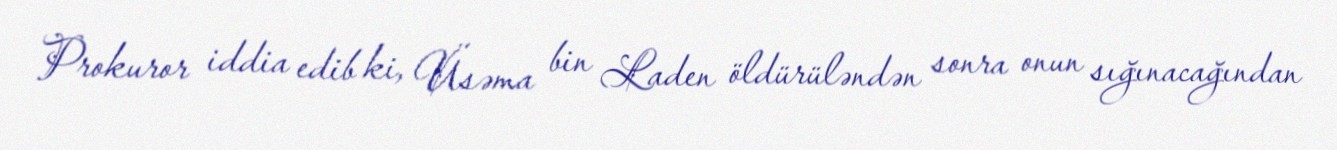
Prokuror iddia edib ki, Üsəma bin Laden öldürüləndən sonra onun sığınacağından